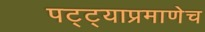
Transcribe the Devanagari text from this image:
पट्ट्याप्रमाणेच